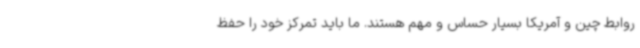
روابط چین و آمریکا بسیار حساس و مهم هستند. ما باید تمرکز خود را حفظ